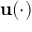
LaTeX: \mathbf { u } ( \cdot )